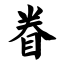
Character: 眷